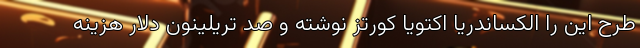
طرح این را الکساندریا اکتویا کورتز نوشته و صد تریلینون دلار هزینه